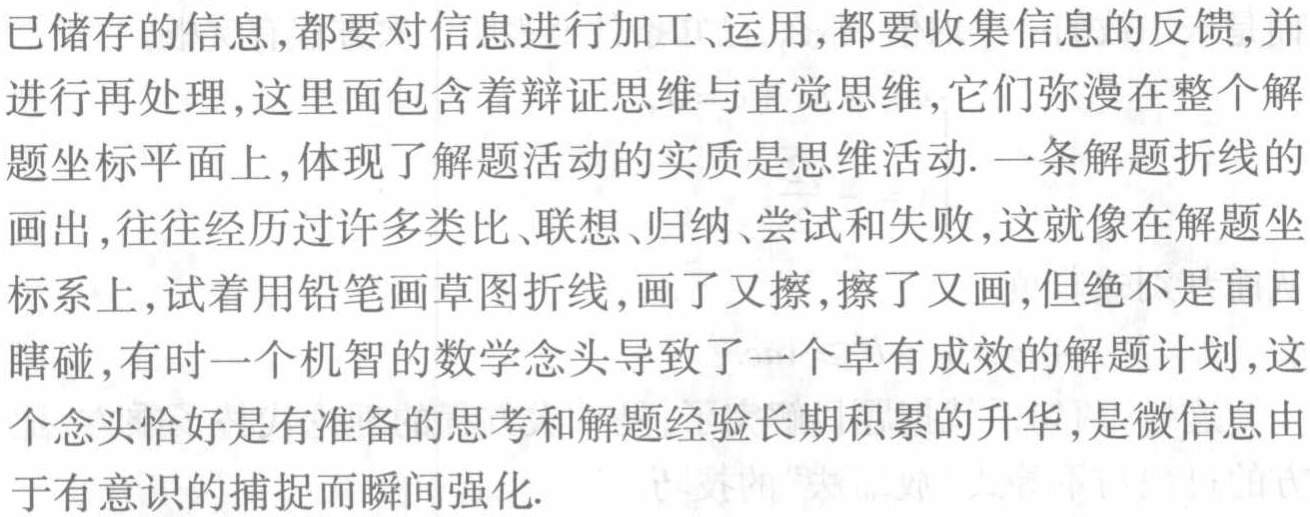
已储存的信息,都要对信息进行加工、运用,都要收集信息的反馈,并进行再处理,这里面包含着辩证思维与直觉思维,它们弥漫在整个解题坐标平面上,体现了解题活动的实质是思维活动. 一条解题折线的画出,往往经历过许多类比、联想、归纳、尝试和失败,这就像在解题坐标系上,试着用铅笔画草图折线,画了又擦,擦了又画,但绝不是盲目瞎碰,有时一个机智的数学念头导致了一个卓有成效的解题计划,这个念头恰好是有准备的思考和解题经验长期积累的升华,是微信息由于有意识的捕捉而瞬间强化.